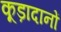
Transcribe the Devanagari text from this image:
कूड़ादानों